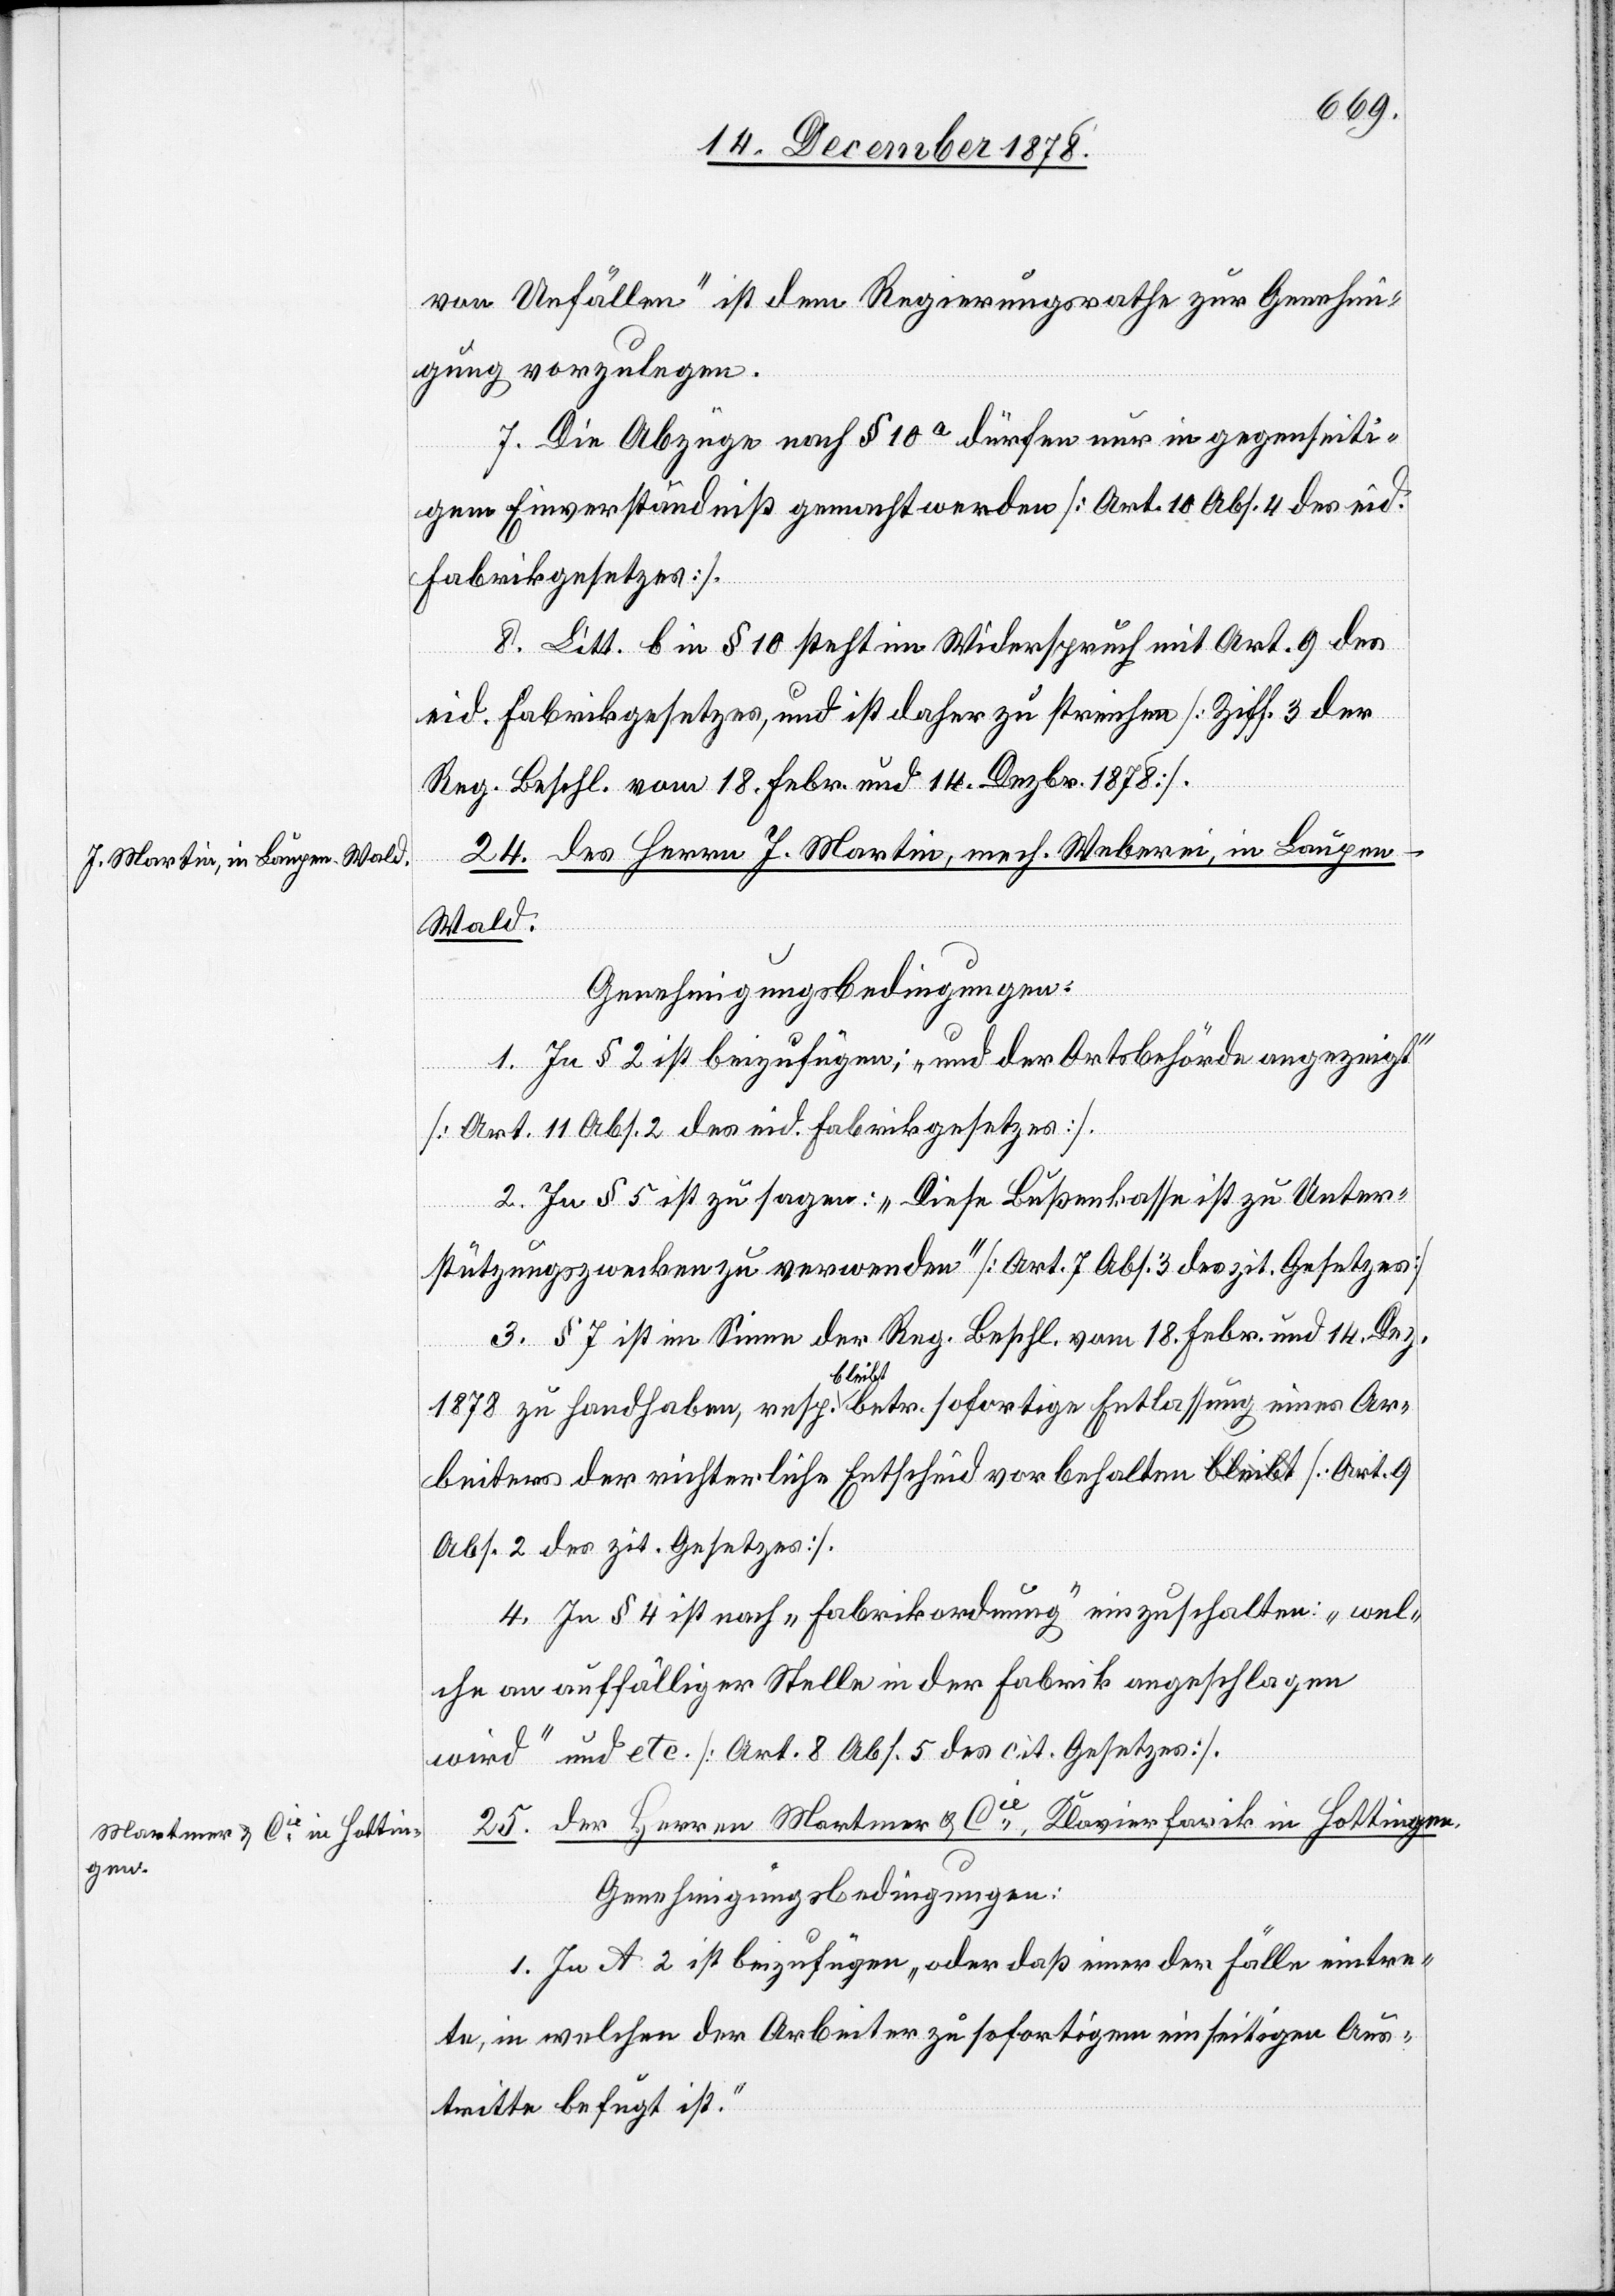
von Unfällen“ ist dem Regierungsrathe zur Genehmi¬
gung vorzulegen.
7. Die Abzüge nach § 10a dürfen nur in gegenseiti¬
gem Einverständniß gemacht werden [Art. 10 Abs. 4 des eid.
Fabrikgesetzes].
8. Litt. b in § 10 steht im Widerspruch mit Art. 9 des
eid. Fabrikgesetzes, und ist daher zu streichen [Ziff. 3 der
Reg. Beschl. vom 18. Febr. und 14. Dezbr. 1878].
24. des Herrn J. Martin, mech. Weberei, in Bayern
Wald.
Genehmigungsbedingungen:
1. In § 2 ist beizufügen: „und der Ortsbehörde angezeigt“
[Art. 11 Abs. 2 des eid. Fabrikgesetzes].
2. In § 5 ist zu sagen: „Diese Bußenkasse ist zu Unter¬
stützungszwecken zu verwenden“ [Art. 7 Abs. 3 des zit. Gesetzes]
3. § 7 ist im Sinne der Reg. Beschl. vom 18. Febr. und 14. Dez.
1878 zu handhaben, resp. bleibt betr. sofortige Entlassung eines Ar¬
beiters der richterliche Entscheid vorbehalten [Art. 9
Abs. 2 des zit. Gesetzes].
4. In § 4 ist nach „Fabrikordnung“ einzuschalten: „wel¬
che an auffälliger Stelle in der Fabrik angeschlagen
wird“ und etc. [Art. 8 Abs. 5 des cit. Gesetzes].
25. der Herren Martmer & Cie, Klavierfabrik in Hottingen.
Genehmigungsbedingungen:
1. In A. 2 ist beizufügen „oder daß einer der Fälle eintre¬
te, in welchen der Arbeiter zu sofortigem einseitigem Aus¬
tritte befugt ist.“